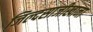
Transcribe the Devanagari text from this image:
जिल्दसाजीखाना